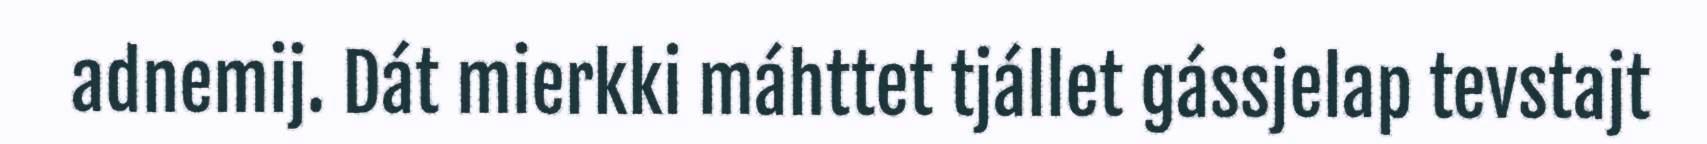
adnemij. Dát mierkki máhttet tjállet gássjelap tevstajt